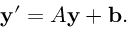
\mathbf { y } ^ { \prime } = A \mathbf { y } + \mathbf { b } .